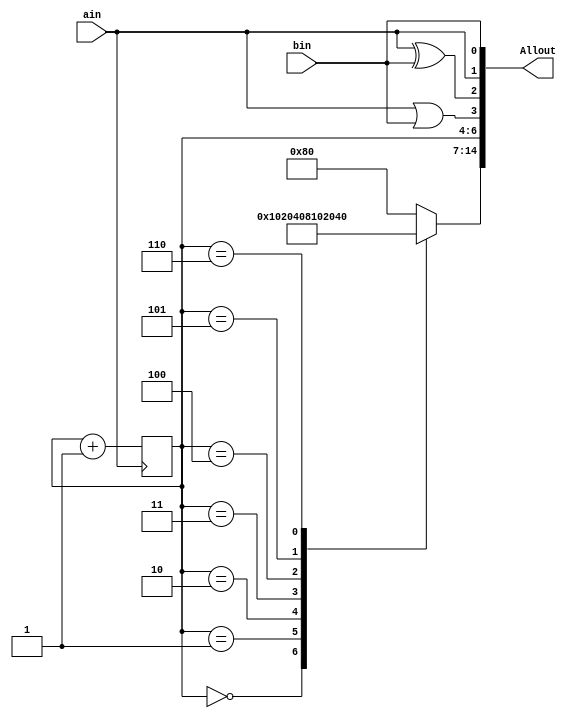
module TestOutput(ain,bin,Allout);

	input ain;
	input bin;
	output reg [14:0] Allout;

	always begin
		Allout[0]=bin;
		Allout[1]=ain;
		Allout[2]=ain ^ bin;
		Allout[3]=ain | bin;
	end

	always @(posedge ain)begin
		Allout[6:4]=Allout[6:4]+1;
	end
	
	always begin
		case (Allout[6:4])
			3'b000:Allout[14:7]=8'b00000001;
			3'b001:Allout[14:7]=8'b00000010;
			3'b010:Allout[14:7]=8'b00000100;
			3'b011:Allout[14:7]=8'b00001000;
			
			3'b100:Allout[14:7]=8'b00010000;
			3'b101:Allout[14:7]=8'b00100000;
			3'b110:Allout[14:7]=8'b01000000;
			default:Allout[14:7]=8'b10000000;	
		endcase
	end

endmodule